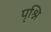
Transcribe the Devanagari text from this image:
पृश्नि